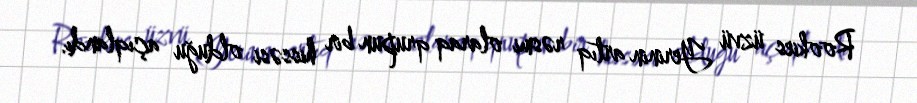
Rookies üzvü Yerinin artıq rəsmi olaraq qrupun bir hissəsi olduğu açıqlandı.